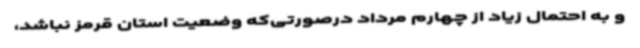
و به احتمال زیاد از چهارم مرداد درصورتی‌که وضعیت استان قرمز نباشد،